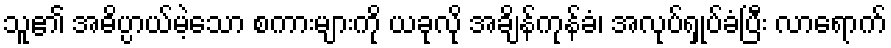
သူ၏ အဓိပ္ပာယ်မဲ့သော စကားများကို ယခုလို အချိန်ကုန်ခံ၊ အလုပ်ရှုပ်ခံပြီး လာရောက်